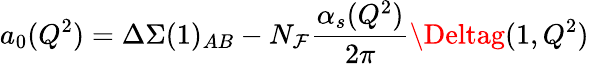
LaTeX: a_{0}(Q^{2})=\Delta\Sigma(1)_{AB}-N_{\mathcal{F}}\frac{{\alpha_{s}(Q^{2})}}{{2\pi}}\Deltag(1,Q^{2})